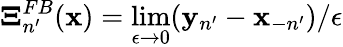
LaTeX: \boldsymbol{\Xi}_{n^{\prime}}^{FB}({\mathbf x})=\operatorname*{lim}_{\epsilon\to 0}({\mathbf y}_{n^{\prime}}-{\mathbf x}_{-n^{\prime}})/\epsilon